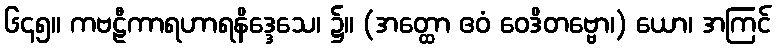
၆၄၅။ ကဗဠီကာရဟာရနိဒ္ဒေသေ၊ ၌။ (အတ္ထော ဧဝံ ဝေဒိတဗ္ဗော၊) ယော၊ အကြင်